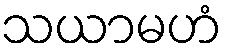
သယာမဟံ